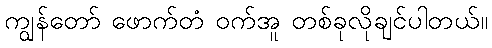
ကျွန်တော် ဖောက်တံ ဝက်အူ တစ်ခုလိုချင်ပါတယ်။